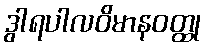
ဒွါရပါလဝိမာနဝတ္ထု